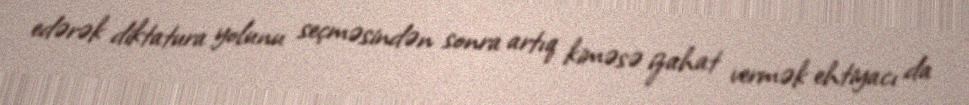
edərək diktatura yolunu seçməsindən sonra artıq kiməsə izahat vermək ehtiyacı da